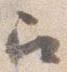
召